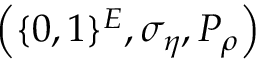
\left( \{ 0 , 1 \} ^ { E } , \sigma _ { \eta } , P _ { \rho } \right)